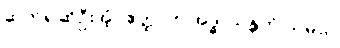
ဆက်၍ဆိုဦးအံ့။ ဧတ္ထ၊ ဤအဒ္ဓါ သန္တတိ သမယ